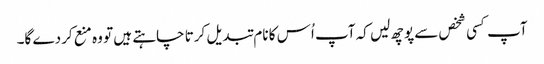
آپ کسی شخص سے پوچھ لیں کہ آپ اُس کا نام تبدیل کرتا چاہتے ہیں تو وہ منع کردے گا۔